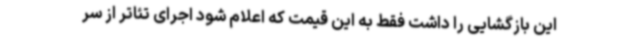
این بازگشایی را داشت فقط به این قیمت که اعلام شود اجرای تئاتر از سر